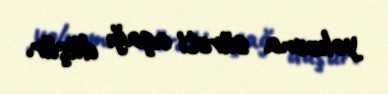
yoluxma sürəti aşağı düşür.